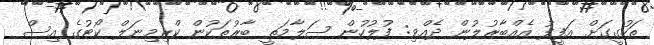
ތަހުގީގަށް އަފީފު އެއްބާރުލުން ދެއްވި: ފުލުހުން ސަލާމަތީ ބާރުތަކުން ކްރިމިނަލް ކޯޓުގެ އިސް